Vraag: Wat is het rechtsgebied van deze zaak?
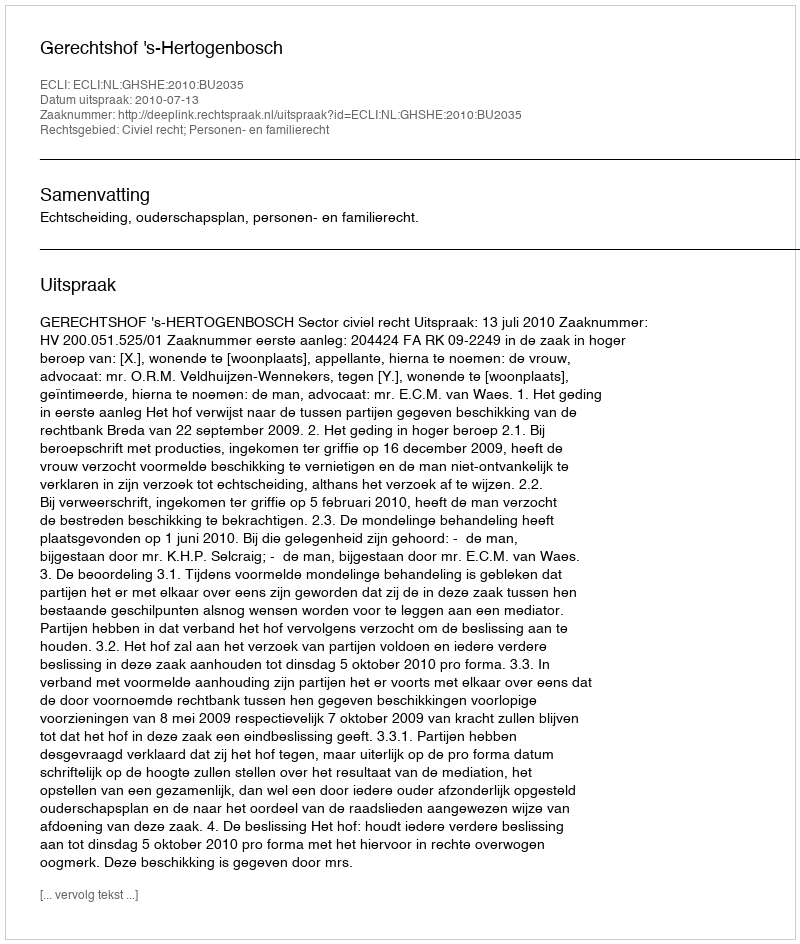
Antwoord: Civiel recht; Personen- en familierecht